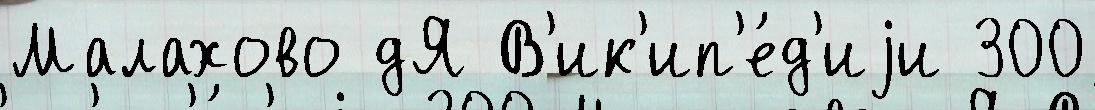
Малахово дЯ В'ик'ип'е́д'иjи 300